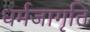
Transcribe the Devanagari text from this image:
धर्मजागृति